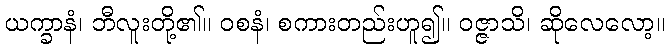
ယက္ခာနံ၊ ဘီလူးတို့၏။ ဝစနံ၊ စကားတည်းဟူ၍။ ဝဇ္ဇာသိ၊ ဆိုလေလော့။